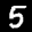
Label: 5